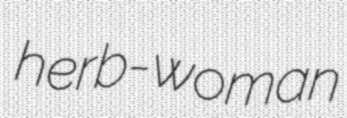
herb-woman